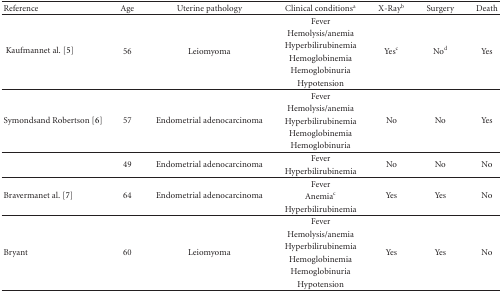
| Reference | Age | Uterine pathology | Clinical conditionsa | X-Rayb | Surgery | Death |
 | --- | --- | --- | --- | --- | --- | --- |
 | <ROWSPAN=6> Kaufmannet al.[5] | <ROWSPAN=6> 56 | <ROWSPAN=6> Leiomyoma | Fever | <ROWSPAN=6> Yesc | <ROWSPAN=6> Nod | <ROWSPAN=6> Yes |
 | Hemolysis/anemia |
 | Hyperbilirubinemia |
 | Hemoglobinemia |
 | Hemoglobinuria |
 | Hypotension |
 | <ROWSPAN=5> Symondsand Robertson[6] | <ROWSPAN=5> 57 | <ROWSPAN=5> Endometrial adenocarcinoma | Fever | <ROWSPAN=5> No | <ROWSPAN=5> No | <ROWSPAN=5> Yes |
 | Hemolysis/anemia |
 | Hyperbilirubinemia |
 | Hemoglobinemia |
 | Hemoglobinuria |
 | <ROWSPAN=2>  | <ROWSPAN=2> 49 | <ROWSPAN=2> Endometrial adenocarcinoma | Fever | <ROWSPAN=2> No | <ROWSPAN=2> No | <ROWSPAN=2> No |
 | Hyperbilirubinemia |
 | <ROWSPAN=3> Bravermanet al.[7] | <ROWSPAN=3> 64 | <ROWSPAN=3> Endometrial adenocarcinoma | Fever | <ROWSPAN=3> Yes | <ROWSPAN=3> Yes | <ROWSPAN=3> No |
 | Anemiac |
 | Hyperbilirubinemia |
 | <ROWSPAN=6> Bryant | <ROWSPAN=6> 60 | <ROWSPAN=6> Leiomyoma | Fever | <ROWSPAN=6> Yes | <ROWSPAN=6> Yes | <ROWSPAN=6> No |
 | Hemolysis/anemia |
 | Hyperbilirubinemia |
 | Hemoglobinemia |
 | Hemoglobinuria |
 | Hypotension |